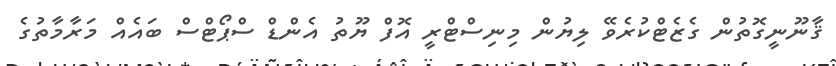
ޤާނޫނީގޮތުން ގެޒެޓްކުރެވޭ ލިޔުން މިނިސްޓްރީ އޮފް ޔޫތު އެންޑް ސްޕޯޓްސް ބައެއް މަރާމާތުގެ